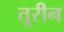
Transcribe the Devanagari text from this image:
तूरीन